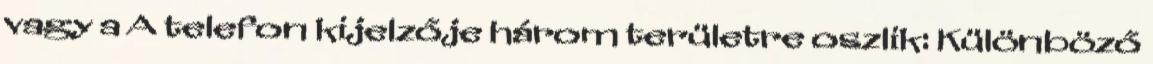
vagy a A telefon kijelzője három területre oszlik: Különböző